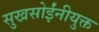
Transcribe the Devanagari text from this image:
सुखसोईंनीयुक्त